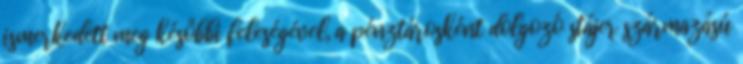
ismerkedett meg későbbi feleségével, a pénztárosként dolgozó stájer származású